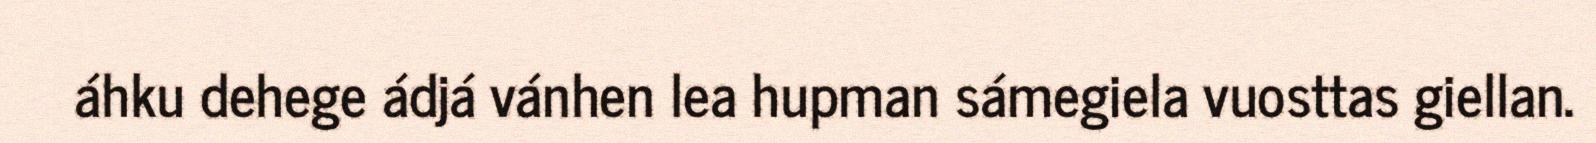
áhku dehege ádjá vánhen lea hupman sámegiela vuosttas giellan.